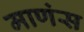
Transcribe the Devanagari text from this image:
माणंस